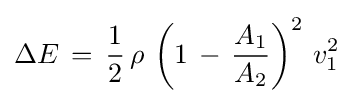
\Delta E\,=\,{\frac {1}{2}}\,\rho \,\left(1\,-\,{\frac {A_{1}}{A_{2}}}\right)^{2}\,v_{1}^{2}